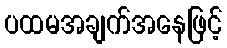
ပထမအချက်အနေဖြင့်